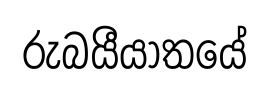
රුබයීයාතයේ